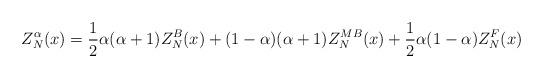
LaTeX: \begin{align*}Z_{N}^\alpha (x) = \frac{1}{2} \alpha(\alpha+1) Z_{N}^B (x) + (1- \alpha)(\alpha+1) Z_{N}^{MB} (x)+ \frac{1}{2} \alpha(1-\alpha) Z_{N}^F (x)\end{align*}